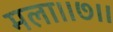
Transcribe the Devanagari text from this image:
मला।।७।।